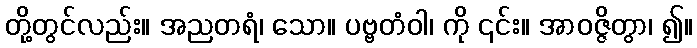
တို့တွင်လည်း။ အညတရံ၊ သော။ ပဗ္ဗတံဝါ၊ ကို ၎င်း။ အာဝဇ္ဇိတွာ၊ ၍။